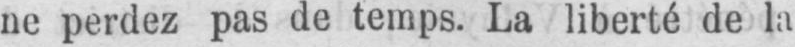
ne perdez pas de temps. La liberté de la